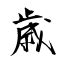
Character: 歳